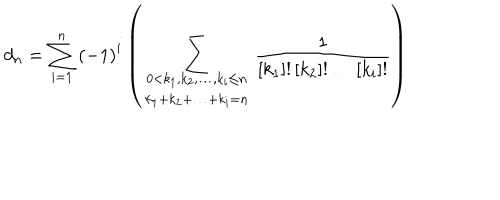
d _ { n } = \sum _ { i = 1 } ^ { n } { \left( - 1 \right) ^ { i } \left( \sum _ { \begin{array} { c } { { 0 < k _ { 1 } , k _ { 2 } , \ldots , k _ { i } \leq n } } \\ { { k _ { 1 } + k _ { 2 } + \ldots + k _ { i } = n } } \\ \end{array} } \frac { 1 } { \left[ k _ { 1 } \right] ! \left[ k _ { 2 } \right] ! \ldots \left[ k _ { i } \right] ! } \right) }